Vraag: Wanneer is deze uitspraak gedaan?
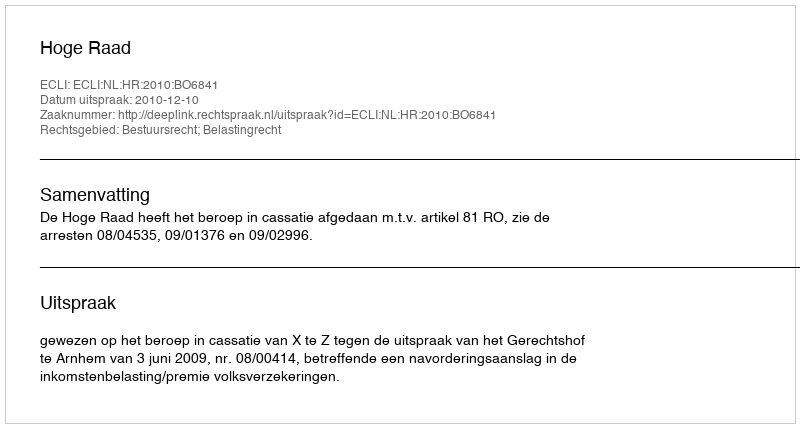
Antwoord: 2010-12-10